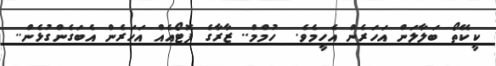
ކީކޭތޯ ބަލާލަން އަހަރެން އެހީމެވެ.  ހުމްމް.. ޒާރާގެ ފޮޓޯއެއް އަހަރެން އެބަގެންގުޅެން..